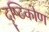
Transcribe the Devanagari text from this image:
दॄष्‍टिकोण